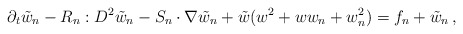
\begin{align*}\partial_{t}\tilde{w}_{n}-R_{n}:D^{2}\tilde{w}_{n}-S_{n}\cdot\nabla\tilde{w}_{n}+\tilde{w}(w^{2}+ww_{n}+w_{n}^{2})=f_{n}+\tilde{w}_{n}\,,\end{align*}